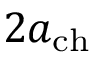
2 a _ { \mathrm { c h } }